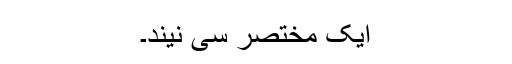
ایک مختصر سی نیند۔